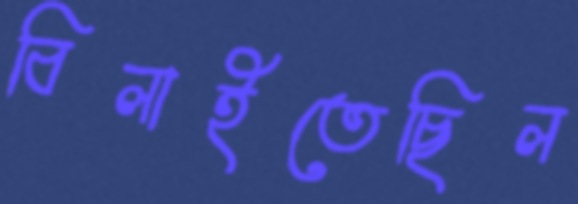
বিলাইতেছিল